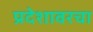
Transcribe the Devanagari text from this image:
प्रदेशावरचा